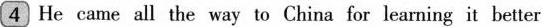
4 He came all the way to China for learning it better